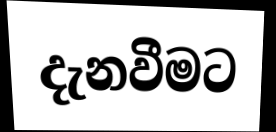
දැනවීමට